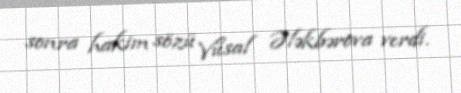
sonra hakim sözü Vüsal Ələkbərova verdi.